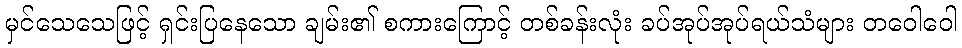
မှင်သေသေဖြင့် ရှင်းပြနေသော ချမ်း၏ စကားကြောင့် တစ်ခန်းလုံး ခပ်အုပ်အုပ်ရယ်သံများ တဝေါဝေါ